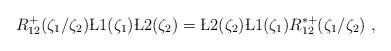
LaTeX: \begin{align*}R^+_{12}(\zeta_1/\zeta_2)\L{1}(\zeta_1)\L{2}(\zeta_2)=\L{2}(\zeta_2)\L{1}(\zeta_1)R^{*+}_{12}(\zeta_1/\zeta_2)~,\end{align*}